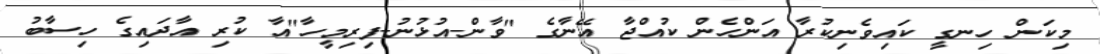
މިކަން ހިނގީ ކައިވެނިކުރާ އަންހެން ކުއްޖާ އޭނާގެ "ވާން-އުޅުނު-ފިރިމީހާ"އާ ކުރި އާދައިގެ ހިސާބު